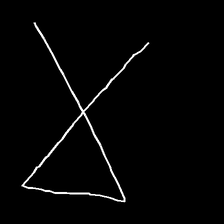
Glyph: collection